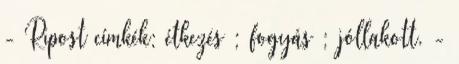
- Ripost címkék: étkezés ; fogyás ; jóllakott. -